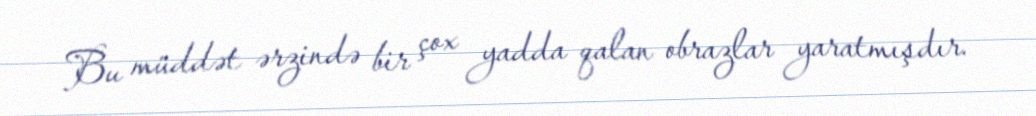
Bu müddət ərzində bir çox yadda qalan obrazlar yaratmışdır.